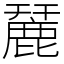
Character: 麉